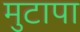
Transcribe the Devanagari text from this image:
मुटापा